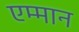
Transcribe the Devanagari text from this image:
एम्मान